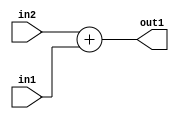
`timescale 1ps / 1ps
/*****************************************************************************
    Verilog RTL Description
    
    
    Created by: Stratus DpOpt 2019.1.01 
*******************************************************************************/

module SobelFilter_Add_19Sx17U_19U_4 (
	in2,
	in1,
	out1
	); /* architecture "behavioural" */ 
input [18:0] in2;
input [16:0] in1;
output [18:0] out1;
wire [18:0] asc001;

assign asc001 = 
	+(in2)
	+(in1);

assign out1 = asc001;
endmodule

/* CADENCE  ubH2Tgs= : u9/ySgnWtBlWxVPRXgAZ4Og= ** DO NOT EDIT THIS LINE ******/